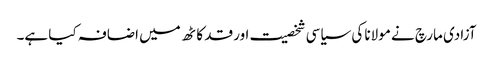
آزادی مارچ نے مولانا کی سیاسی شخصیت اور قد کاٹھ میں اضافہ کیا ہے۔